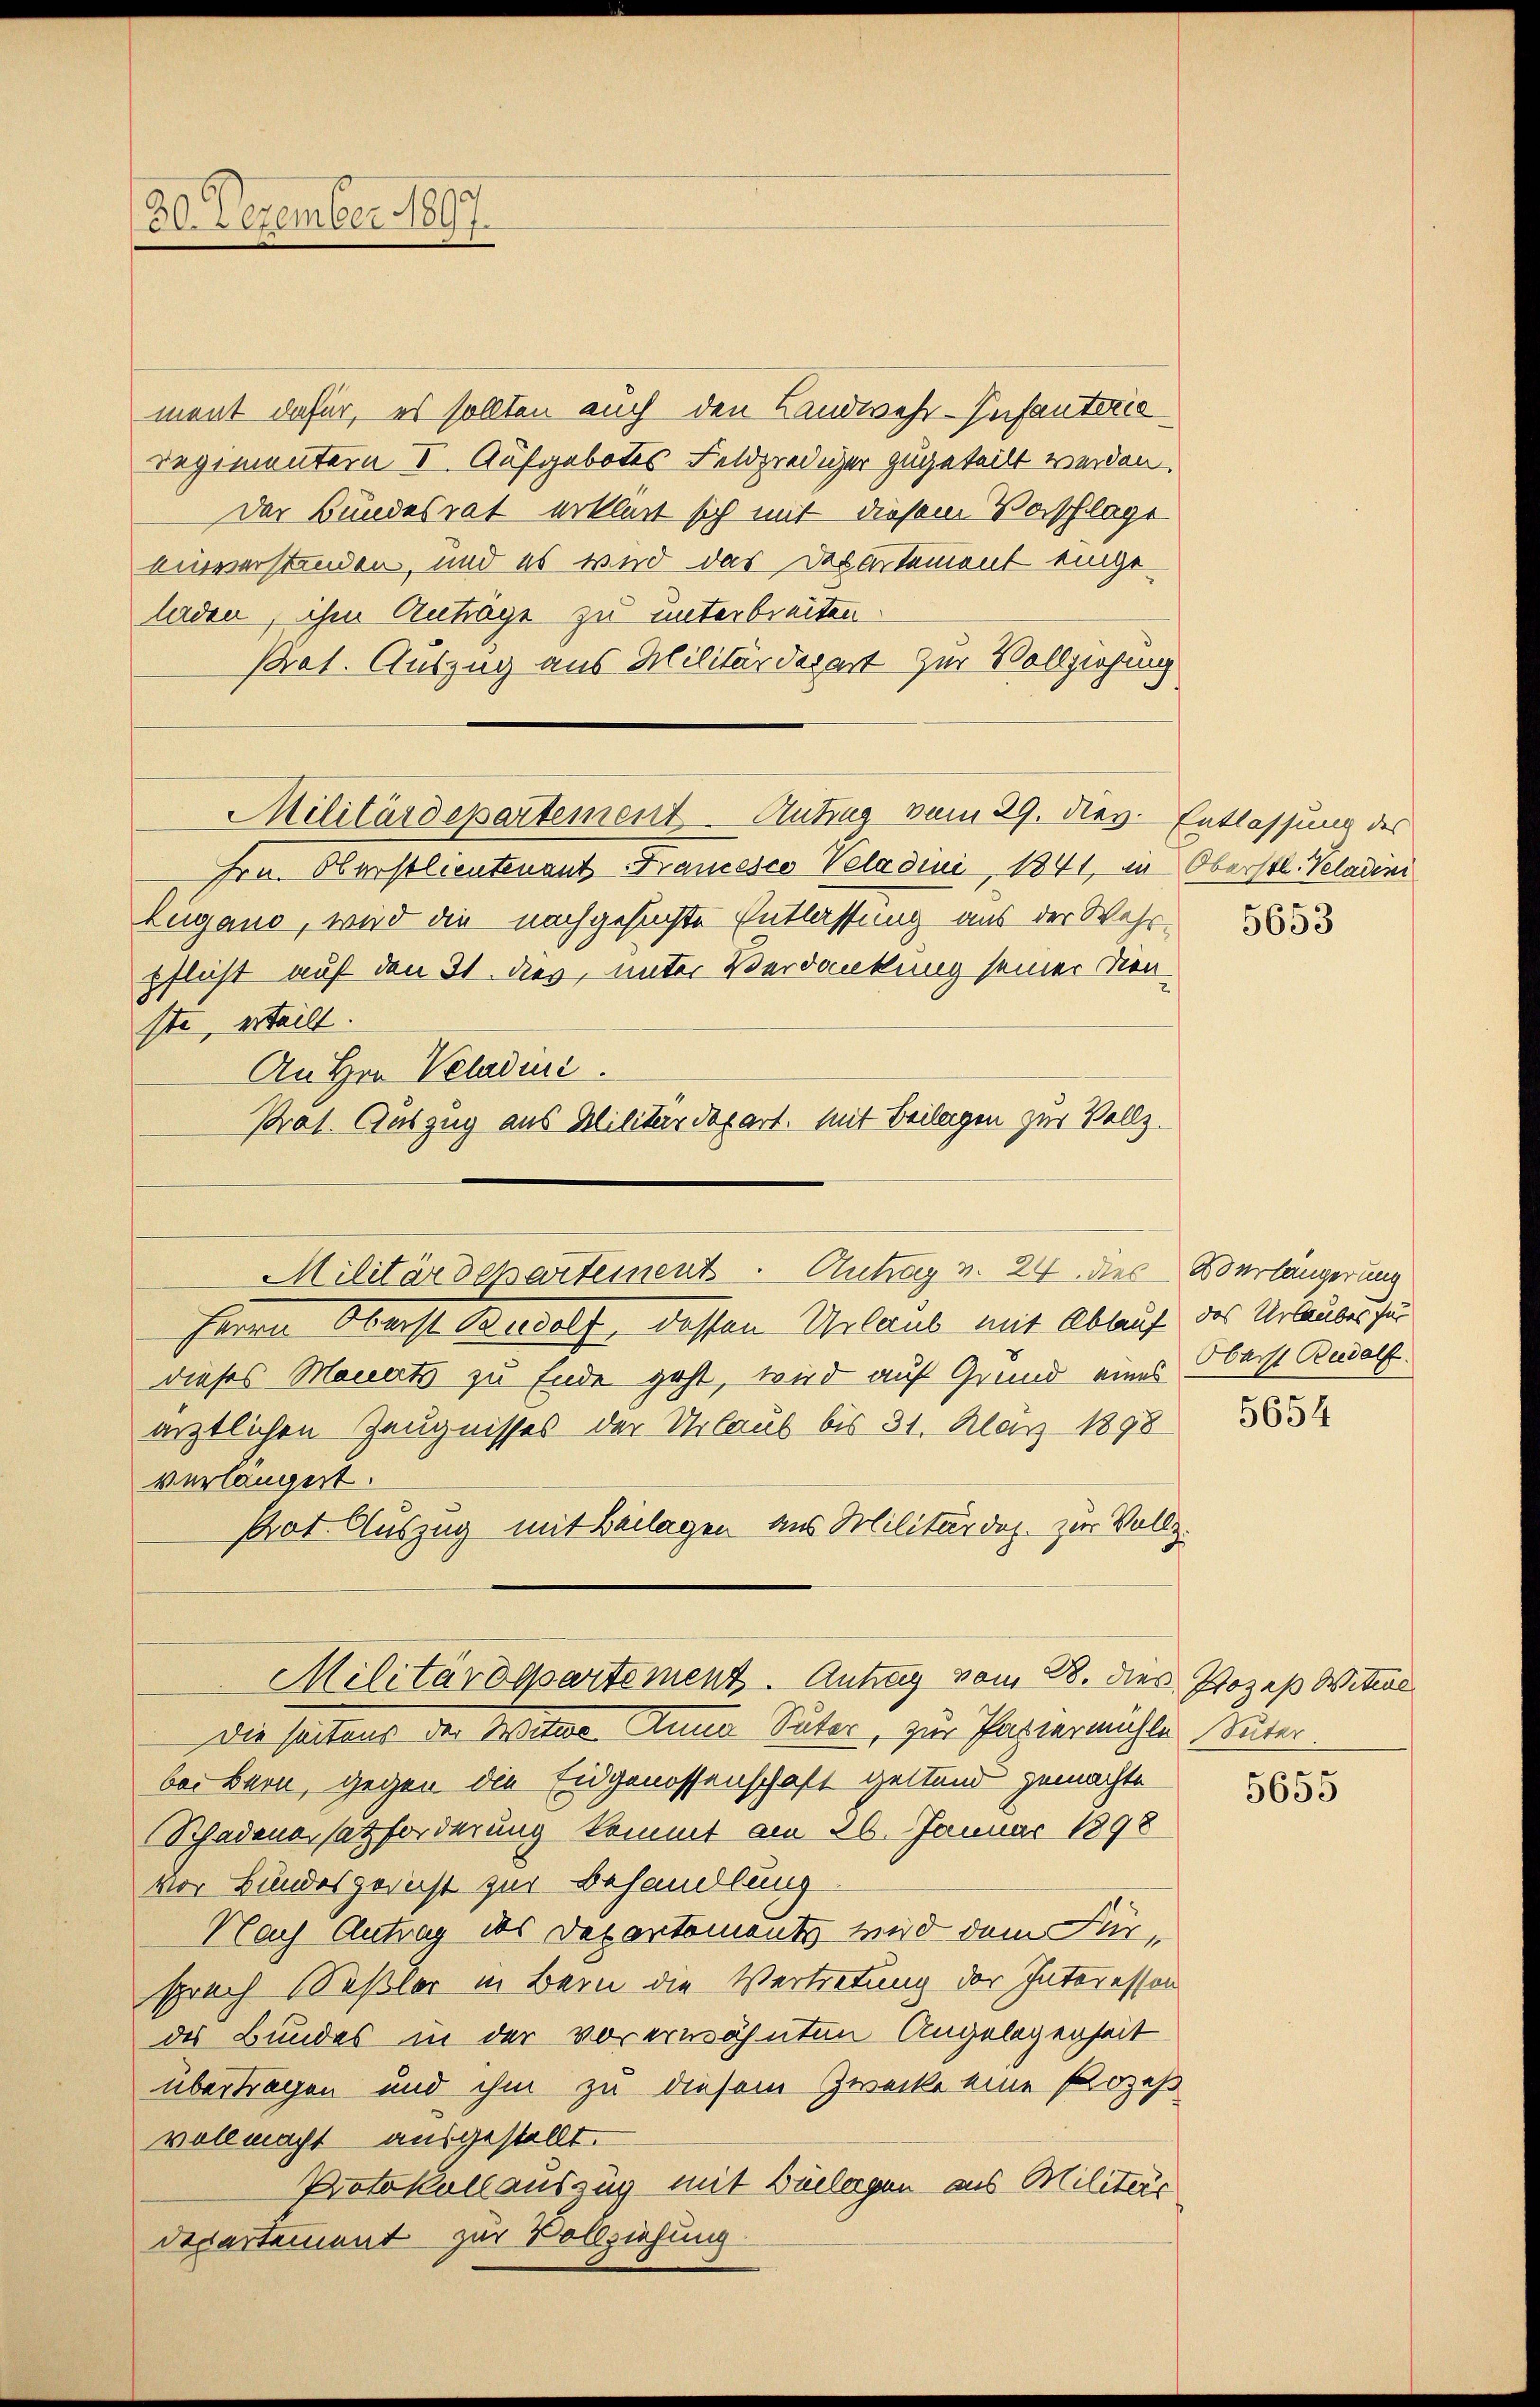
30. Dezember 1897.

ment dafür, es sollten auch den Landwehr-Infanterie
regimentern V. Aufgebotes Feldprediger zugeteilt werden.
Der Bundesrat erklärt sich mit diesem Vorschlage
einverstinden, und es wird das Departement eingeladen, ihm Anträge zu unterbreiten.
Prot. Auszug aus Militärdepart zur Vollziehung
Militärdepartement - Antrag vom 29. Nov. Entlassung des
Frn. Oberstlieutenant Francesco Veladini, 1841, in Oberstl. Veladeni
Lugano, wird die nachgesuchte Entlassung aus der Wahr 1883
pflicht auf den 31. dieß, unter Verdankung seiner Dien-
ste, erteilt.
An Hrn. Veladini
Prat. Auszug aus Militärdepart. Mit Beilagen zur Vollz

Militärdepartement. Antrag v. 24 des Oberlängerung

Militärogsartement. Antrag vom B. dies Prozeß Witwe

Herrn Oberst Rudolf, dessen Urlaub mit Ablauf des Urlauben für
dieses Monats zu Ende geht, wird auf Grund eines Oberst Rudolf
ärztlichen Zeugnisses der Urlaub bis 31. März 1898
verlängert.
Pot Auszug mit Beilagen aus Militärdoz. zur Vollz

Die seitens der Witwe Anna Suter, zur Papiermühle Suter
bei Bern, gegen die Eidgenossenschaft geltend gemachte
Schadena satforderung kommt am 26. Januar 1898
vor Bundesgericht zur Behandlung
Nach Antrag des Departements wird dem Fürsprach Seßler in Bern die Vertretung der Interessen
des Bundes in der vorerwähnten Angelegenseit
übertragen und ihm zu diesem Zwecke eine Prozeß
vollmacht ausgestellt.
Protokollauszug mit Beilagen aus Militärs
departement zur Vollziehung

5654

5655